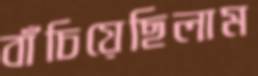
বাঁচিয়েছিলাম